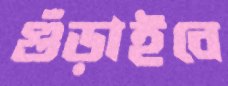
গুঁড়াইবে